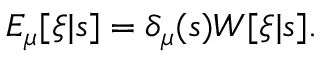
E _ { \mu } [ \xi | s ] = \delta _ { \mu } ( s ) W [ \xi | s ] .